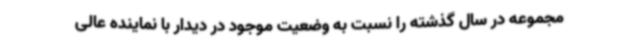
مجموعه در سال گذشته را نسبت به وضعیت موجود در دیدار با نماینده عالی